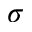
\sigma